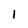
Character: 1